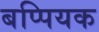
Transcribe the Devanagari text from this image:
बप्पियक